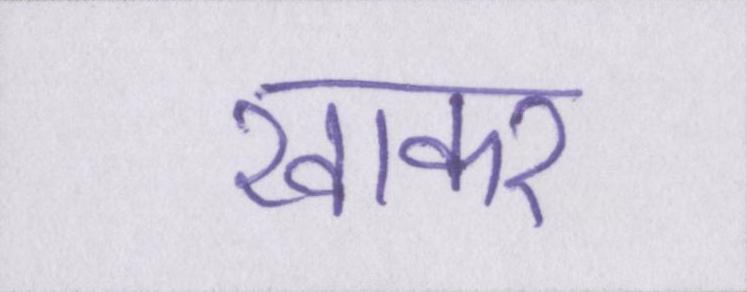
खाकर